Annual administration and progress report of the Indian Medical Department, Bombay
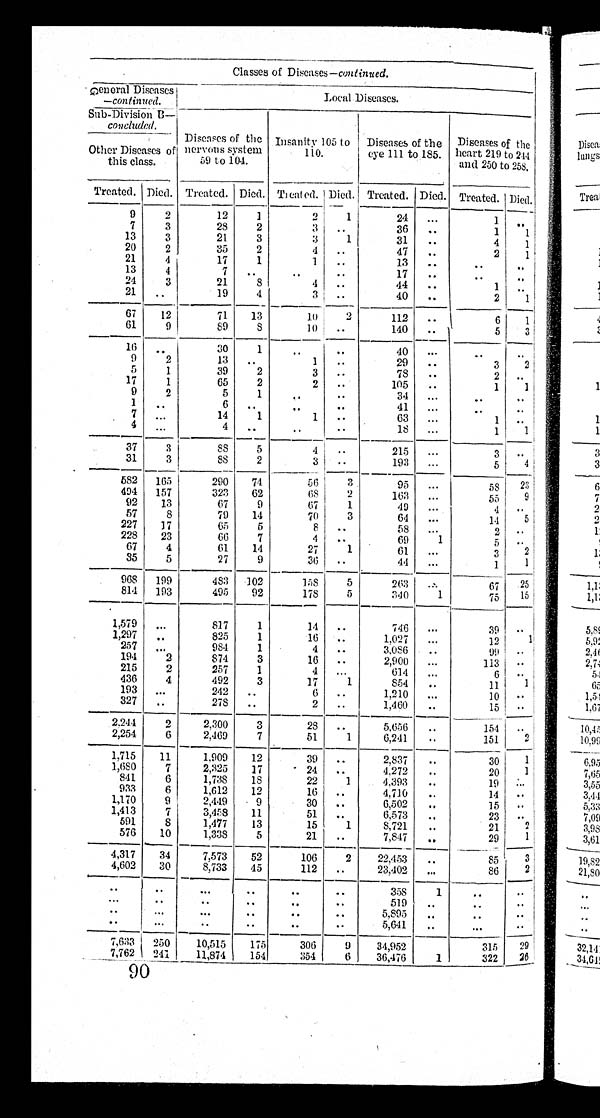
Classes of Diseases-continued.
Ggeneral Diseases
-continued.
Local Diseases.
Sub-Division B–
concluded.
Other Diseases of
this class.
Diseases of the
nervous system
59 to 104.
Insanity 105 to
110.
Diseases of the
eye 111 to 185.
Diseases of the
heart 219 to 244
and 250 to 258.
Treated. Died. Treated. Died. Treated. Died. Treated. Died. Treated. Died.
9
2
12
1
2
1
24 ...
1 ..
7
3
28
2
3 ..
36 ..
1
1
13
3
21
3
3
1
31 ..
4 1
20
2
35
2
4 ..
47 ..
2
1
21
4
17
1
1 ..
13 ..
. .
..
13
4
7 ..
. .
. .
17
. .
. . . .
..
2 4 3
21
8
4 ..
44 ..
1 ..
21
. .
19
4
3 ..
40 ..
2 1
67 12
71 13
1 0
2
112
. .
6 l
61
9 89
8
1 0 ..
140 ..
5 3
16
. .
30
1
. .
..
40 ..
..
. .
9
2
13 ..
1 ..
29 ..
3 2
5
1
39
2
3 ..
78 ..
2 ..
17
1
65
2
2 . .
105 ..
1 1
9
2
5
1
. . ..
34 ..
. .
..
1
. .
6 ..
..
..
41 ..
. .
..
7
. . .
14
1
1 . .
63
. .
1 ..
4
. .
4 ..
. .
..
18 ...
1 1
37
3
8 8 5
4 . .
215 ...
3
. .
31
3
88
2
3
. .
193 ...
5
4
582
1 6 5
290 74
56
3
95 ...
58
2 3
494 157
323 62
68
2
163 ...
55 9
92 13
67
9
67
1
49 ...
4 . .
57
8
79 14
70
3
64 ...
14 5
227 17
65
5
8 ..
58 ...
2 . .
228 23
6 6 7
4 ..
69
1
5 . .
67
4
61 14
27
1
6 1
. .
3 2
35
5
27
9
36 ..
4 4
. . .
1
1
968 199
4 8 3
1 0 2
158
5
263 . . .
67 25
814 193
495 92
178
5
340
1
75
1 5
1,579 ...
817
1
14 ..
746 ...
39 . .
1,297 . .
825
1
16 ..
1,027 ...
12
1
257
. .
984
1
4 ..
3,086 ..
99 . .
194
2
874
3
16 ..
2,900 ...
113 . .
215
2
257
1
4
. . .
614
. . .
6 . .
436
4
492
3
17
1
854 ..
11
1
193 ...
2 4 2 ..
6 ..
1,210 ...
10
. .
327
. .
278 ..
2
. .
1,460 ..
15 . .
2,244
2
2,300
3
28 ..
5,656 ..
154 ..
2,254
6
2,469
7
51
1
6,241 ..
151 2
1,715 11
1,909 12
39 ..
2,837
. .
30 1
1,680
7
2,325 17
24 ..
4,272 ..
20 1
841
6
1,738 18
22
1
4,393 ..
19 . . .
933
6
1,612 12
16 ..
4,710 ..
14 . .
1,170
9
2,449
9
30 ..
6,502 ..
15 . .
1,413
7
3,458 11
51 ..
6,573 ..
23
. .
591
8
1,477 13
15
1
8,721 ..
21 2
576 10
1,338
5
21 ..
7,847 ..
29
1
4,317 34
7,573 52
106
2
22,453 ..
85
3
4,602 30
8,733 45
112 ..
23,402 ...
86
2
..
..
. . .
. .
..
. .
358
1
..
. .
. .
. .
. . ..
..
. .
519 ..
...
. .
..
...
. . .
. .
..
..
5,895
. .
. .
. .
. .
. . .
. . . .
..
. .
5,641
. .
. . . ..
7,633 250
10,515 175
306
9 34,952
315 29
7,762 241 11,874 154
3 5 4 6 36,476
1
322 26
9 0